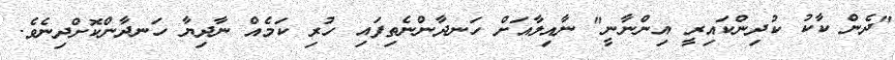
"ދެން ކާކު ކުދިންކައިރީ އިންނާނީ" ނާއިލާއަށް ހަނދާންނެތިފައި ހުރި ކަމެއް ނާދިޔާ ހަނދާންކޮށްދިނެވެ.